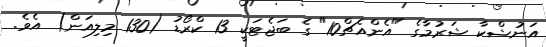
އަނުޝްކާ ޝަރުމާގެ "އެންއެޗް10" ގެ ބަޖެޓަކީ 13 ކްރޯޑު (130 މިލިއަން) އެވެ.